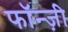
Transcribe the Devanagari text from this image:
फॉन्ज़ी